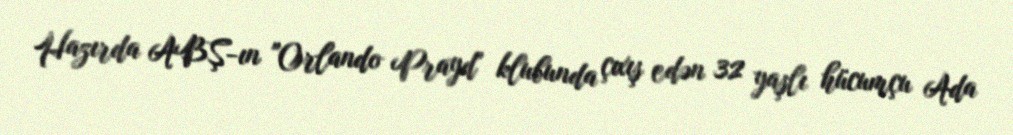
Hazırda ABŞ-ın "Orlando Prayd" klubunda çıxış edən 32 yaşlı hücumçu Ada